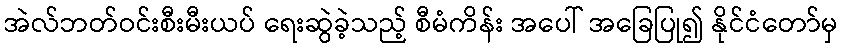
အဲလ်ဘတ်ဝင်းစီးမီးယပ် ရေးဆွဲခဲ့သည့် စီမံကိန်း အပေါ် အခြေပြု၍ နိုင်ငံတော်မှ